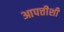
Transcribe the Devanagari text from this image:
आपत्तीशी